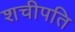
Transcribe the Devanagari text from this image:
शचीपति